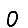
Digit: 0